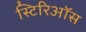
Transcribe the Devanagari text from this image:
स्टिरिऑस